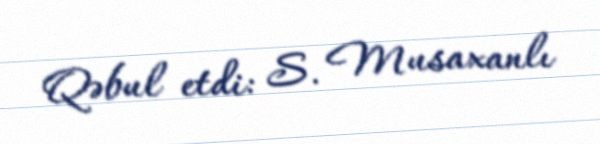
Qəbul etdi: S. Musaxanlı